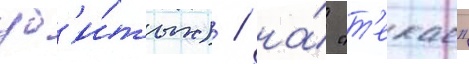
уб'и́тых) / на́ "т'екае"